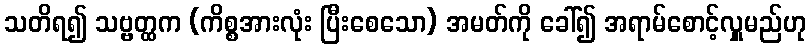
သတိရ၍ သဗ္ဗတ္ထက (ကိစ္စအားလုံး ပြီးစေသော) အမတ်ကို ခေါ်၍ အရာမ်စောင့်လှူမည်ဟု